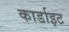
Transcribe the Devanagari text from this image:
कार्डाइट